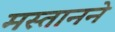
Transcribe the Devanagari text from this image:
मस्तानने